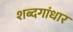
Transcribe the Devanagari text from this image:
शब्दगांधार